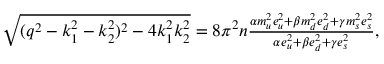
\begin{array} { r } { \sqrt { ( q ^ { 2 } - k _ { 1 } ^ { 2 } - k _ { 2 } ^ { 2 } ) ^ { 2 } - 4 k _ { 1 } ^ { 2 } k _ { 2 } ^ { 2 } } = 8 \pi ^ { 2 } n \frac { \alpha m _ { u } ^ { 2 } e _ { u } ^ { 2 } + \beta m _ { d } ^ { 2 } e _ { d } ^ { 2 } + \gamma m _ { s } ^ { 2 } e _ { s } ^ { 2 } } { \alpha e _ { u } ^ { 2 } + \beta e _ { d } ^ { 2 } + \gamma e _ { s } ^ { 2 } } , } \end{array}